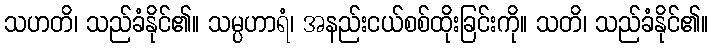
သဟတိ၊ သည်ခံနိုင်၏။ သမ္ပဟာရံ၊ အနည်းငယ်စစ်ထိုးခြင်းကို။ သတိ၊ သည်ခံနိုင်၏။